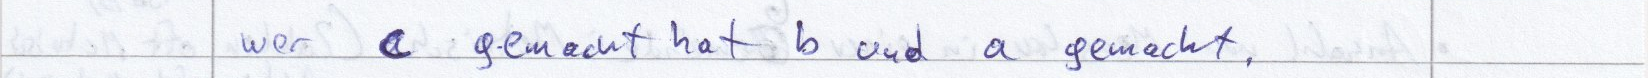
wer a gemacht hat b und a gemacht